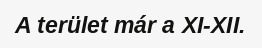
A terület már a XI-XII.